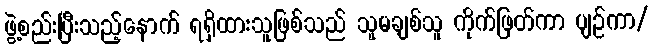
ဖွဲ့စည်းပြီးသည့်နောက် ရရှိထားသူဖြစ်သည် သူမချစ်သူ ကိုက်ဖြတ်ကာ ပျဉ်ကာ/